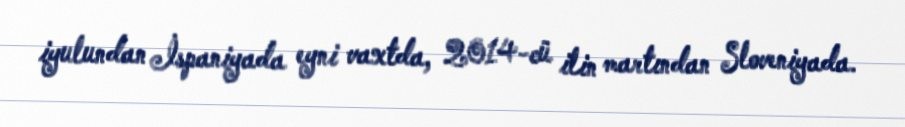
iyulundan İspaniyada eyni vaxtda, 2014-cü ilin martından Sloveniyada.